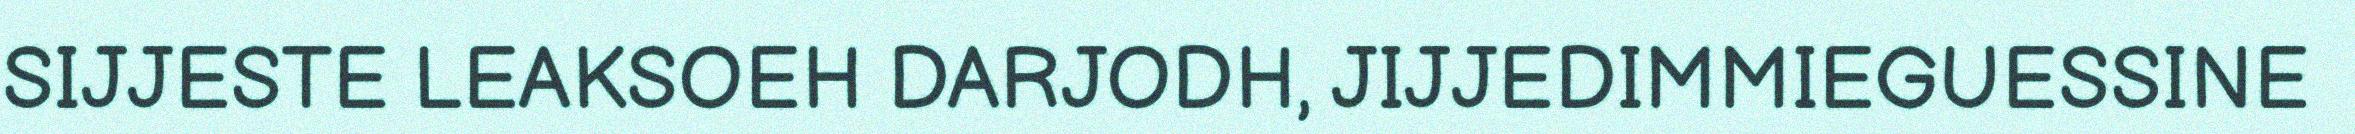
SIJJESTE LEAKSOEH DARJODH, JIJJEDIMMIEGUESSINE